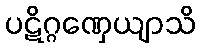
ပဋိဂ္ဂဏှေယျာသိ